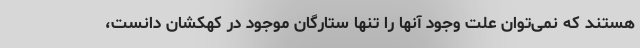
هستند که نمی‌توان علت وجود آنها را تنها ستارگان موجود در کهکشان دانست،